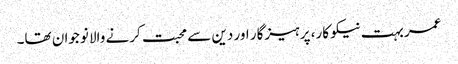
عمر بہت نیکو کار، پرہیزگار اور دین سے محبت کرنے والا نوجوان تھا۔